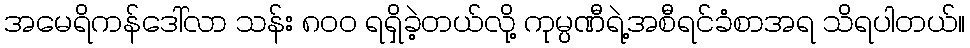
အမေရိကန်ဒေါ်လာ သန်း ၈၀၀ ရရှိခဲ့တယ်လို့ ကုမ္ပဏီရဲ့အစီရင်ခံစာအရ သိရပါတယ်။